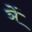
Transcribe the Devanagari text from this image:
ञें